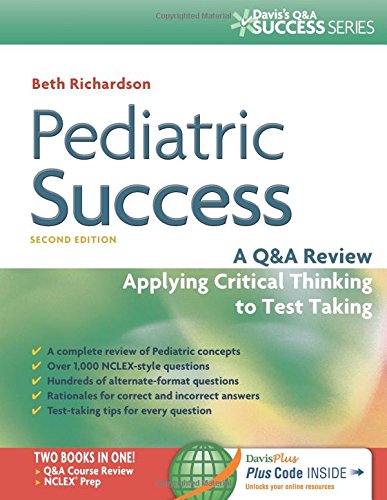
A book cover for Pediatric Success: A Q&A Review Applying Critical Thinking to Test Taking (Davis's Q&A Success); Beth Richardson PhD  RN  CPNP  FAANP; Test Preparation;